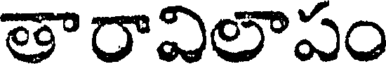
తారావిలాపం